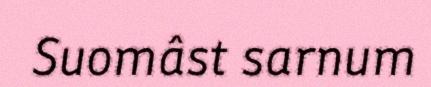
Suomâst sarnum